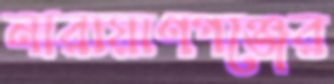
নারায়াণগঞ্জের